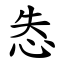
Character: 怣